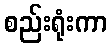
စည်းရုံးကာ